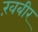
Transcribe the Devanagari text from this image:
ख़बीर